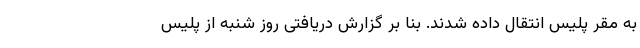
به مقر پلیس انتقال داده شدند. بنا بر گزارش دریافتی روز شنبه از پلیس